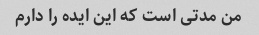
من مدتی است که این ایده را دارم